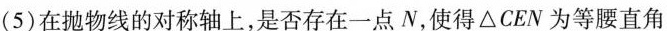
(5} 在抛物线的对称轴上，是否存在一点N。使得\triangle CEN为等腰直角